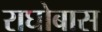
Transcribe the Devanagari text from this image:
राघोबास